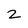
Character: 2